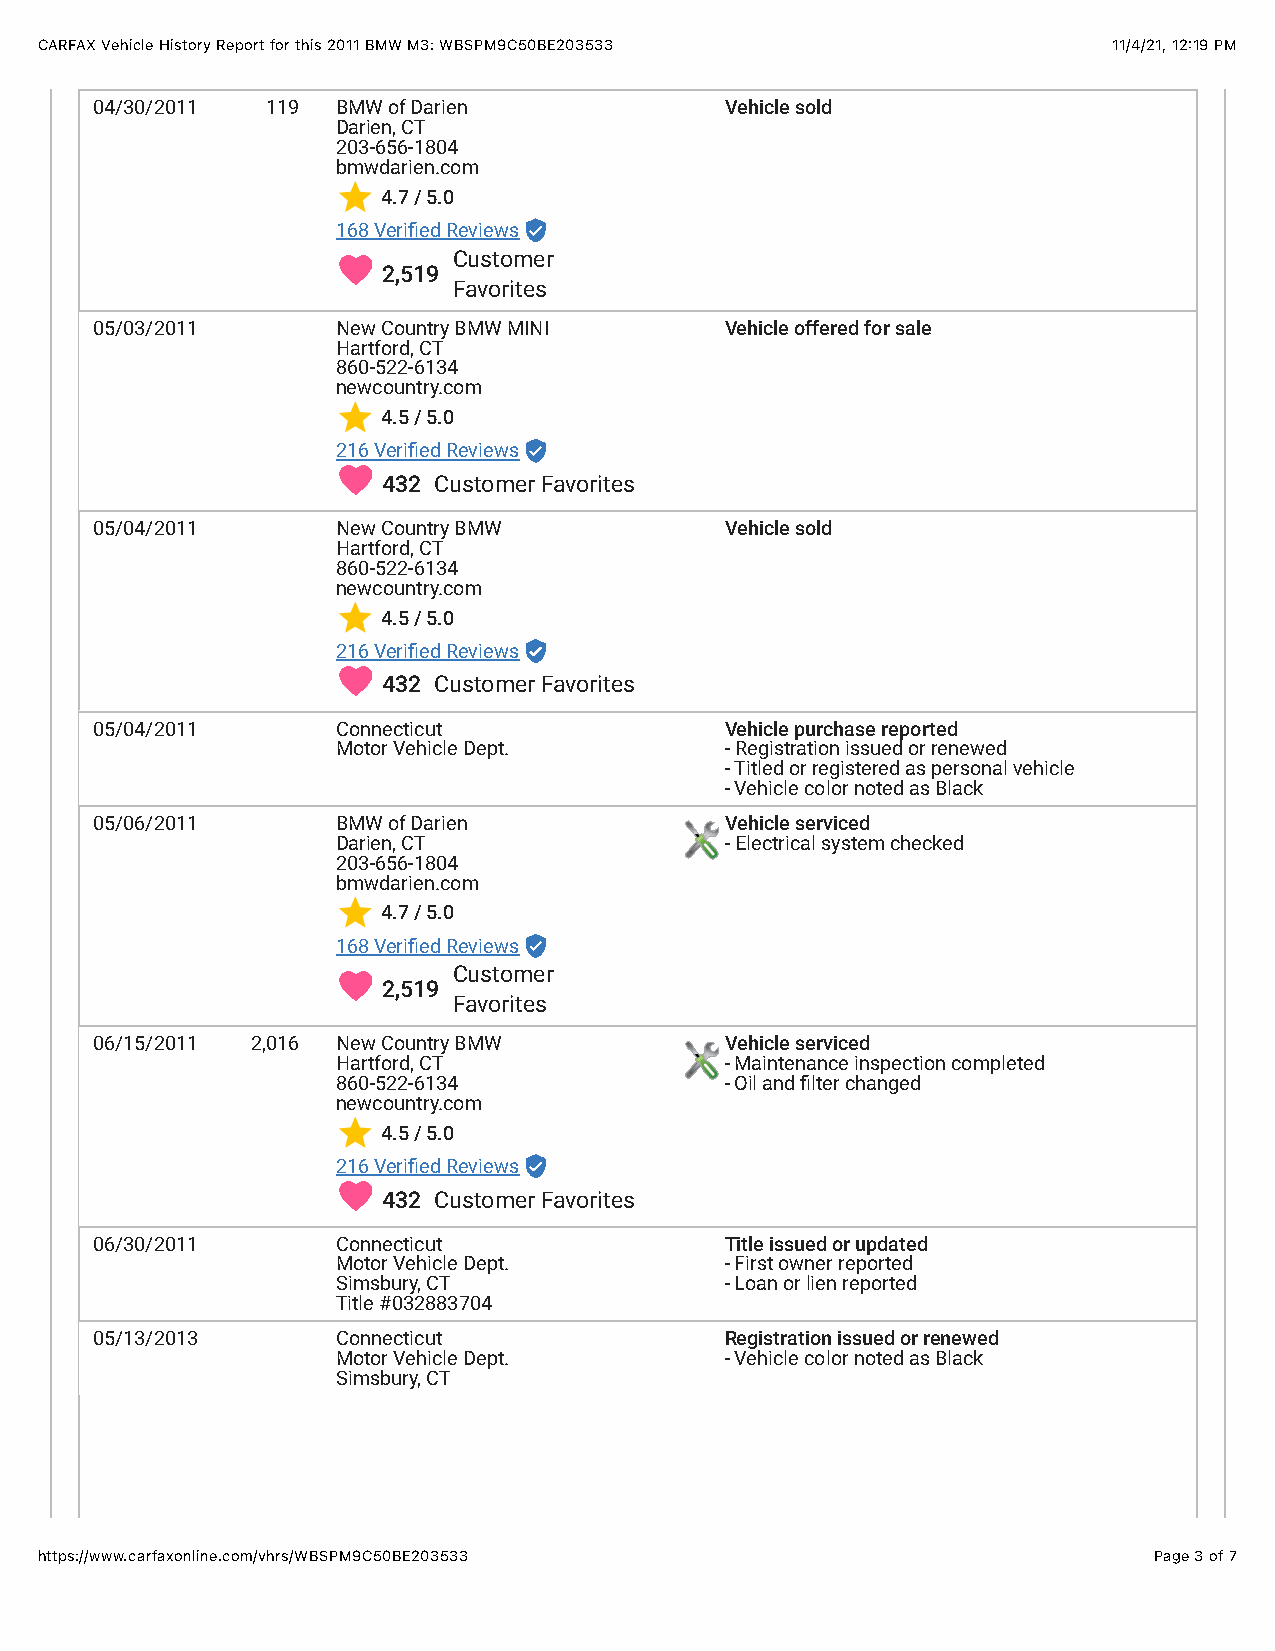
CARFAX Vehicle History Report for this 2011 BMW M3: WBSPM9C50BE203533   11/4/21, 12:19 PM
 04/30/2011  119 BMW of Darien             Vehicle sold
 Darien, CT
 203-656-1804
 bmwdarien.com
 4.7 / 5.0
 168 Veribed Reviews
 !       Customer
 2,519
 Favorites
 05/03/2011      New Country BMW MINI      Vehicle offered for sale
 Hartford, CT
 860-522-6134
 newcountry.com
 4.5 / 5.0
 216 Veribed Reviews
 !
 432 Customer Favorites
 05/04/2011      New Country BMW           Vehicle sold
 Hartford, CT
 860-522-6134
 newcountry.com
 4.5 / 5.0
 216 Veribed Reviews
 !
 432 Customer Favorites
 05/04/2011      Connecticut               Vehicle purchase reported
 Motor Vehicle Dept.       - Registration issued or renewed
 - Titled or registered as personal vehicle
 - Vehicle color noted as Black
 05/06/2011      BMW of Darien             Vehicle serviced
 Darien, CT                - Electrical system checked
 203-656-1804
 bmwdarien.com
 4.7 / 5.0
 168 Veribed Reviews
 !       Customer
 2,519
 Favorites
 06/15/2011 2,016 New Country BMW          Vehicle serviced
 Hartford, CT              - Maintenance inspection completed
 860-522-6134              - Oil and blter changed
 newcountry.com
 4.5 / 5.0
 216 Veribed Reviews
 !
 432 Customer Favorites
 06/30/2011      Connecticut               Title issued or updated
 Motor Vehicle Dept.       - First owner reported
 Simsbury, CT              - Loan or lien reported
 Title #032883704
 05/13/2013      Connecticut               Registration issued or renewed
 Motor Vehicle Dept.       - Vehicle color noted as Black
 Simsbury, CT
 https://www.carfaxonline.com/vhrs/WBSPM9C50BE203533                       Page 3 of 7